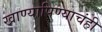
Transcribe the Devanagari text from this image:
खाण्यापिण्याचंही